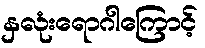
နှလုံးရောဂါကြောင့်